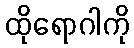
ထိုရောဂါကို